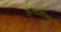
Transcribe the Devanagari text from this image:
ओलेयोकेमिकल